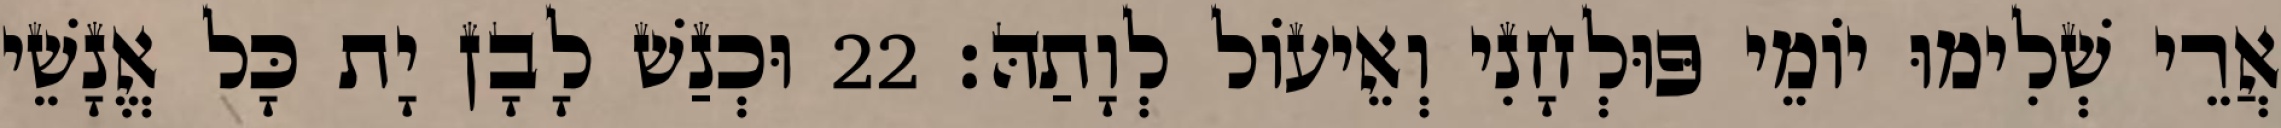
אֲרֵי שְׁלִימוּ יוֹמֵי פּוּלְחָנִי וְאֵיעוֹל לְוָתַהּ׃ 22 וּכְנַשׁ לָבָן יָת כָּל אֱנָשֵׁי